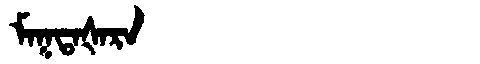
Manchu: ᠮᠠᡴᡨᠠᡧᠠᡵᠠ
Romanization: MAKTAŠARA